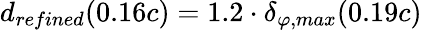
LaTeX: {d_{refined}(0.16c)=1.2\cdot\delta_{\varphi,max}(0.19c)}